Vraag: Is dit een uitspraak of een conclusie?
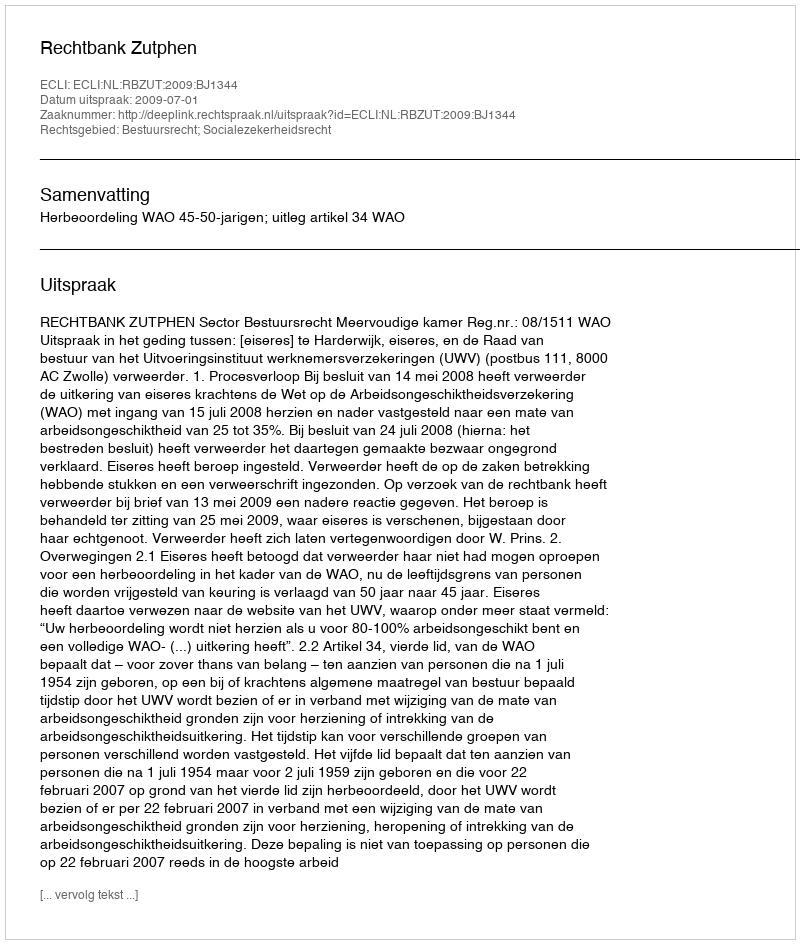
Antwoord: Uitspraak